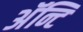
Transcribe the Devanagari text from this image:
अॅन्टि